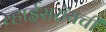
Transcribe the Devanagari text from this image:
व्हाईसरॉयची